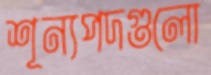
শূন্যপদগুলো